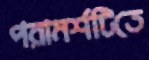
পরামর্শটিতে